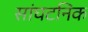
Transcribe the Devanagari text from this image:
सांघटनिक